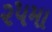
૨૫મા